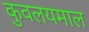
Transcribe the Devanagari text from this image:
कुवलयमाल